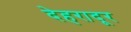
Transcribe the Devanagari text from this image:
देहरादूर